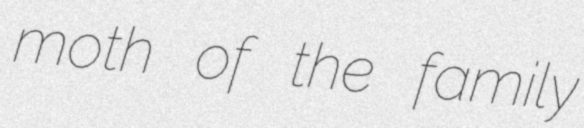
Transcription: moth of the family